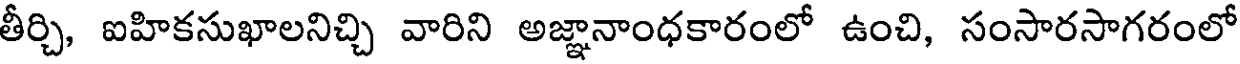
తీర్చి, ఐహికసుఖాలనిచ్చి వారిని అజ్ఞానాంధకారంలో ఉంచి, సంసారసాగరంలో